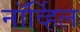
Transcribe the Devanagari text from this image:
नॉर्व्हिल